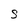
Character: S